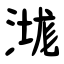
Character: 㴳